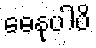
ဓေနုပါပိ